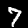
Digit: 7